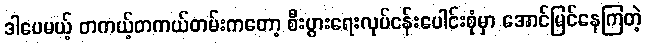
ဒါပေမယ့် တကယ့်တကယ်တမ်းကတော့ စီးပွားရေးလုပ်ငန်းပေါင်းစုံမှာ အောင်မြင်နေကြတဲ့